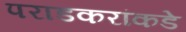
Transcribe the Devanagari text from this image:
पराडकरांकडे